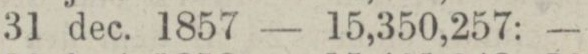
„ 31 dec. 1857 — 15,350,257: —